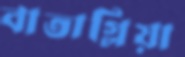
বাতাগ্লিয়া